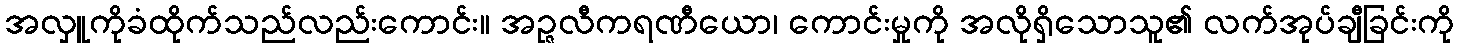
အလှူကိုခံထိုက်သည်လည်းကောင်း။ အဉ္ဇလီကရဏီယော၊ ကောင်းမှုကို အလိုရှိသောသူ၏ လက်အုပ်ချီခြင်းကို